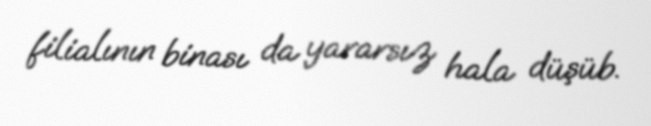
filialının binası da yararsız hala düşüb.